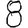
Digit: 8